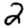
Digit: 2